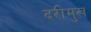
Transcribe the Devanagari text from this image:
दरीमुख